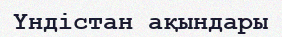
Үндістан ақындары